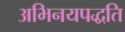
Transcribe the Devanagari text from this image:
अभिनयपद्धति